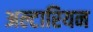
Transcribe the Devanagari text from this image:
अल्टारियन